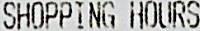
SHOPPING HOURS